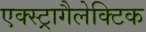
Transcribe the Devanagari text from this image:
एक्स्ट्रागैलेक्टिक